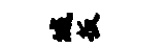
城扳